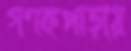
গণকপাড়ায়